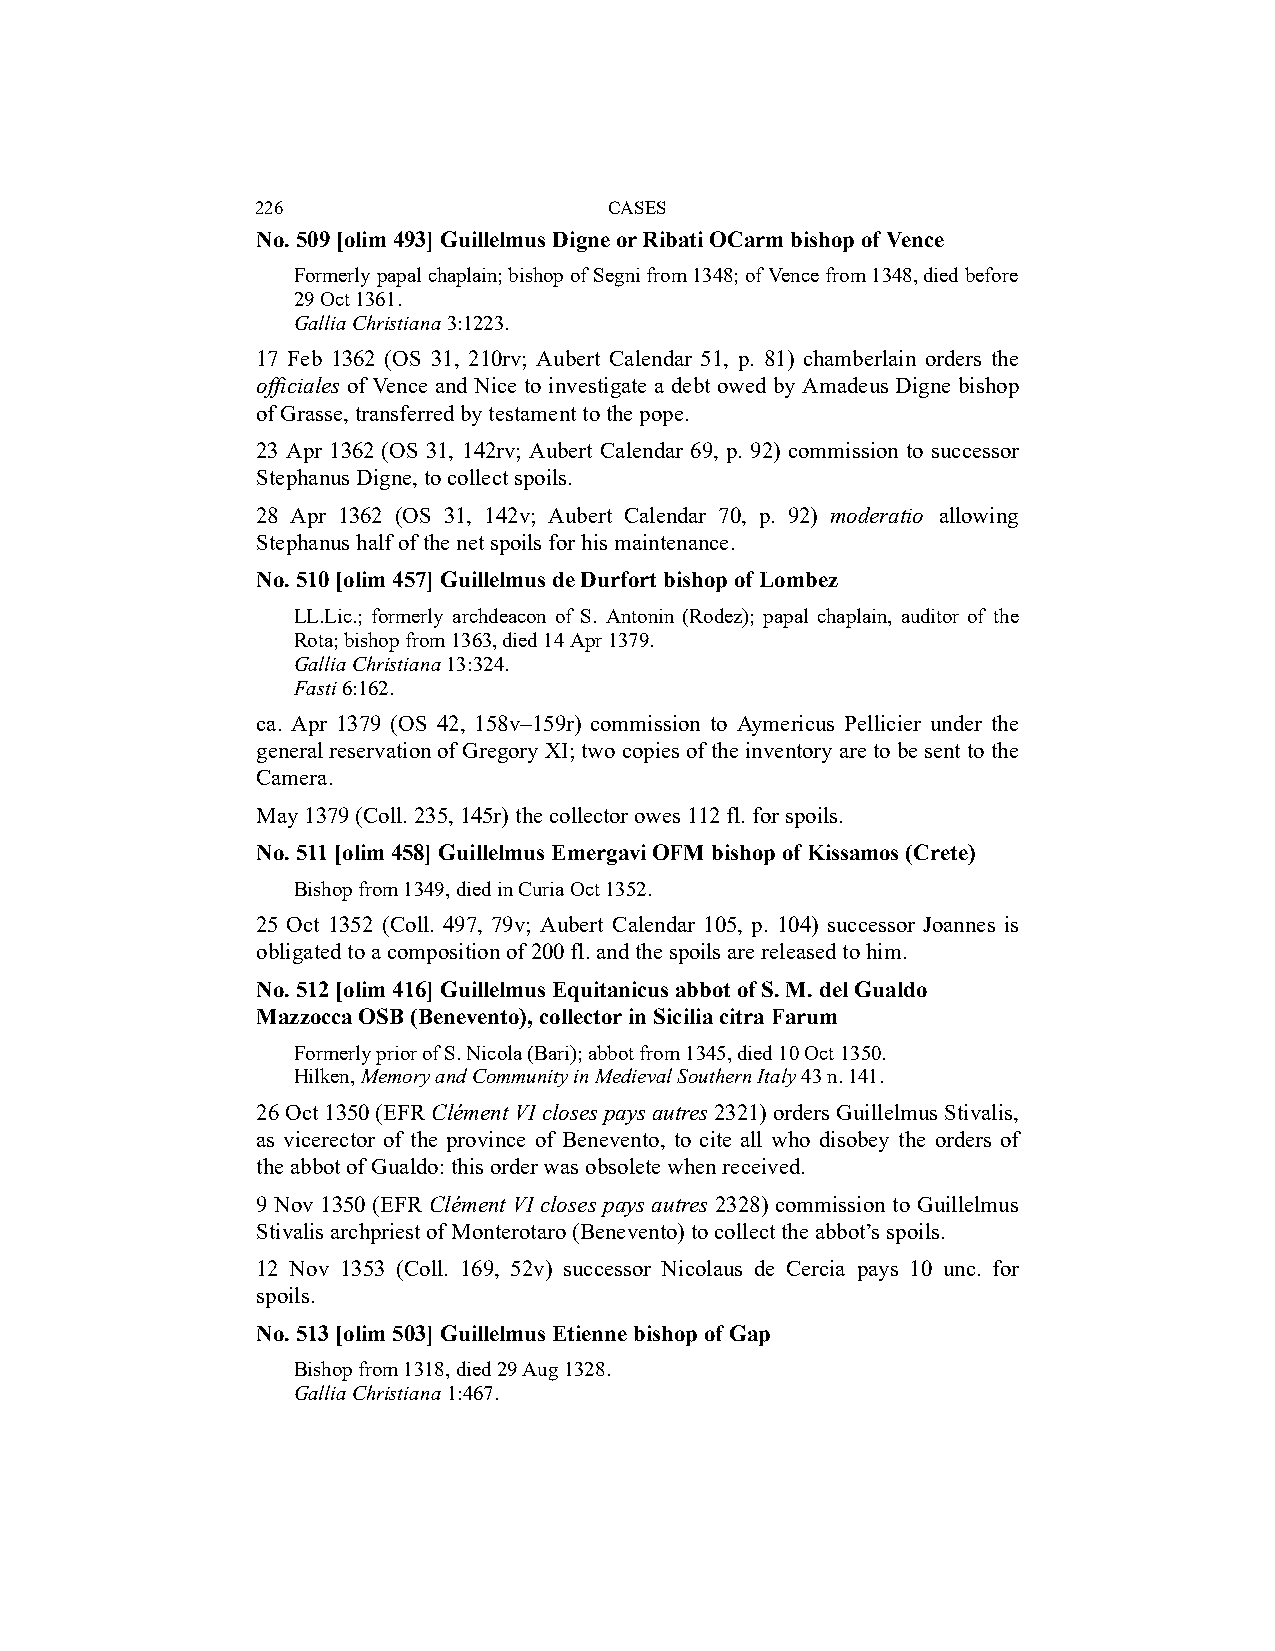
226                    CASES
 No. 509 [olim 493] Guillelmus Digne or Ribati OCarm bishop of Vence
 Formerly papal chaplain; bishop of Segni from 1348; of Vence from 1348, died before
 29 Oct 1361.
 Gallia Christiana 3:1223.
 17 Feb 1362 (OS 31, 210rv; Aubert Calendar 51, p. 81) chamberlain orders the
 officiales of Vence and Nice to investigate a debt owed by Amadeus Digne bishop
 of Grasse, transferred by testament to the pope.
 23 Apr 1362 (OS 31, 142rv; Aubert Calendar 69, p. 92) commission to successor
 Stephanus Digne, to collect spoils.
 28 Apr 1362 (OS 31, 142v; Aubert Calendar 70, p. 92) moderatio allowing
 Stephanus half of the net spoils for his maintenance.
 No. 510 [olim 457] Guillelmus de Durfort bishop of Lombez
 LL.Lic.; formerly archdeacon of S. Antonin (Rodez); papal chaplain, auditor of the
 Rota; bishop from 1363, died 14 Apr 1379.
 Gallia Christiana 13:324.
 Fasti 6:162.
 ca. Apr 1379 (OS 42, 158v–159r) commission to Aymericus Pellicier under the
 general reservation of Gregory XI; two copies of the inventory are to be sent to the
 Camera.
 May 1379 (Coll. 235, 145r) the collector owes 112 fl. for spoils.
 No. 511 [olim 458] Guillelmus Emergavi OFM bishop of Kissamos (Crete)
 Bishop from 1349, died in Curia Oct 1352.
 25 Oct 1352 (Coll. 497, 79v; Aubert Calendar 105, p. 104) successor Joannes is
 obligated to a composition of 200 fl. and the spoils are released to him.
 No. 512 [olim 416] Guillelmus Equitanicus abbot of S. M. del Gualdo
 Mazzocca OSB (Benevento), collector in Sicilia citra Farum
 Formerly prior of S. Nicola (Bari); abbot from 1345, died 10 Oct 1350.
 Hilken, Memory and Community in Medieval Southern Italy 43 n. 141.
 26 Oct 1350 (EFR Clément VI closes pays autres 2321) orders Guillelmus Stivalis,
 as vicerector of the province of Benevento, to cite all who disobey the orders of
 the abbot of Gualdo: this order was obsolete when received.
 9 Nov 1350 (EFR Clément VI closes pays autres 2328) commission to Guillelmus
 Stivalis archpriest of Monterotaro (Benevento) to collect the abbot’s spoils.
 12 Nov 1353 (Coll. 169, 52v) successor Nicolaus de Cercia pays 10 unc. for
 spoils.
 No. 513 [olim 503] Guillelmus Etienne bishop of Gap
 Bishop from 1318, died 29 Aug 1328.
 Gallia Christiana 1:467.